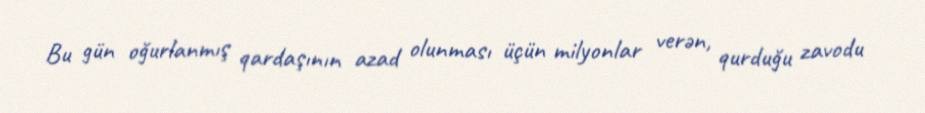
Bu gün oğurlanmış qardaşının azad olunması üçün milyonlar verən, qurduğu zavodu